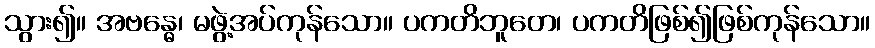
သွား၍။ အဗန္ဓေ၊ မဖွဲ့အပ်ကုန်သော။ ပကတိဘူတေ၊ ပကတိဖြစ်၍ဖြစ်ကုန်သော။